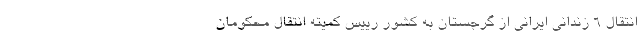
انتقال ۶ زندانی ایرانی از گرجستان به کشور رییس کمیته انتقال محکومان